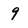
Character: 9